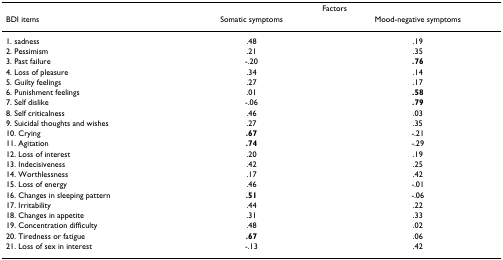
|  | <COLSPAN=2> Factors |
 | BDI items | Somatic symptoms | Mood-negative symptoms |
 | --- | --- | --- |
 | 1. sadness | .48 | .19 |
 | 2. Pessimism | .21 | .35 |
 | 3. Past failure | -.20 | .76 |
 | 4. Loss of pleasure | .34 | .14 |
 | 5. Guilty feelings | .27 | .17 |
 | 6. Punishment feelings | .01 | .58 |
 | 7. Self dislike | -.06 | .79 |
 | 8. Self criticalness | .46 | .03 |
 | 9. Suicidal thoughts and wishes | .27 | .35 |
 | 10. Crying | .67 | -.21 |
 | 11. Agitation | .74 | -.29 |
 | 12. Loss of interest | .20 | .19 |
 | 13. Indecisiveness | .42 | .25 |
 | 14. Worthlessness | .17 | .42 |
 | 15. Loss of energy | .46 | -.01 |
 | 16. Changes in sleeping pattern | .51 | -.06 |
 | 17. Irritability | .44 | .22 |
 | 18. Changes in appetite | .31 | .33 |
 | 19. Concentration difficulty | .48 | .02 |
 | 20. Tiredness or fatigue | .67 | .06 |
 | 21. Loss of sex in interest | -.13 | .42 |